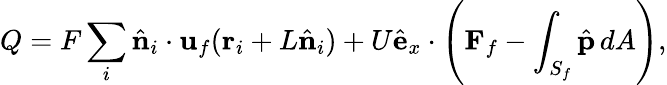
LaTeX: Q=F\sum_{i}\hat{\mathbf{n}}_{i}\cdot{\mathbf{u}}_{f}(\mathbf{r}_{i}+L\hat{\mathbf n}_{i})+{U}\hat{\mathbf{e}}_{x}\cdot\left({\mathbf{F}}_{f}-\int_{S_{f}}\hat{\mathbf{p}}\, dA\right),